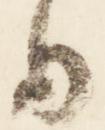
日